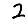
Digit: 2